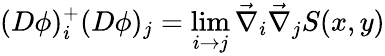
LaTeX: (D\phi)_{i}^{+}(D\phi)_{j}=\operatorname*{lim}_{i\rightarrow j}\vec{\nabla}_{i}\vec{\nabla}_{j}S(x,y)